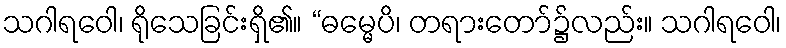
သဂါရဝေါ၊ ရိုသေခြင်းရှိ၏။ “ဓမ္မေပိ၊ တရားတော်၌လည်း။ သဂါရဝေါ၊